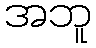
အဘူ